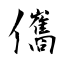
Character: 儶